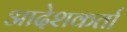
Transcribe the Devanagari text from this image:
आदेशकर्ता